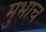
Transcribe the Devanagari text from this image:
मुभाच